kultuurilooline_kollektsioon, lk 87
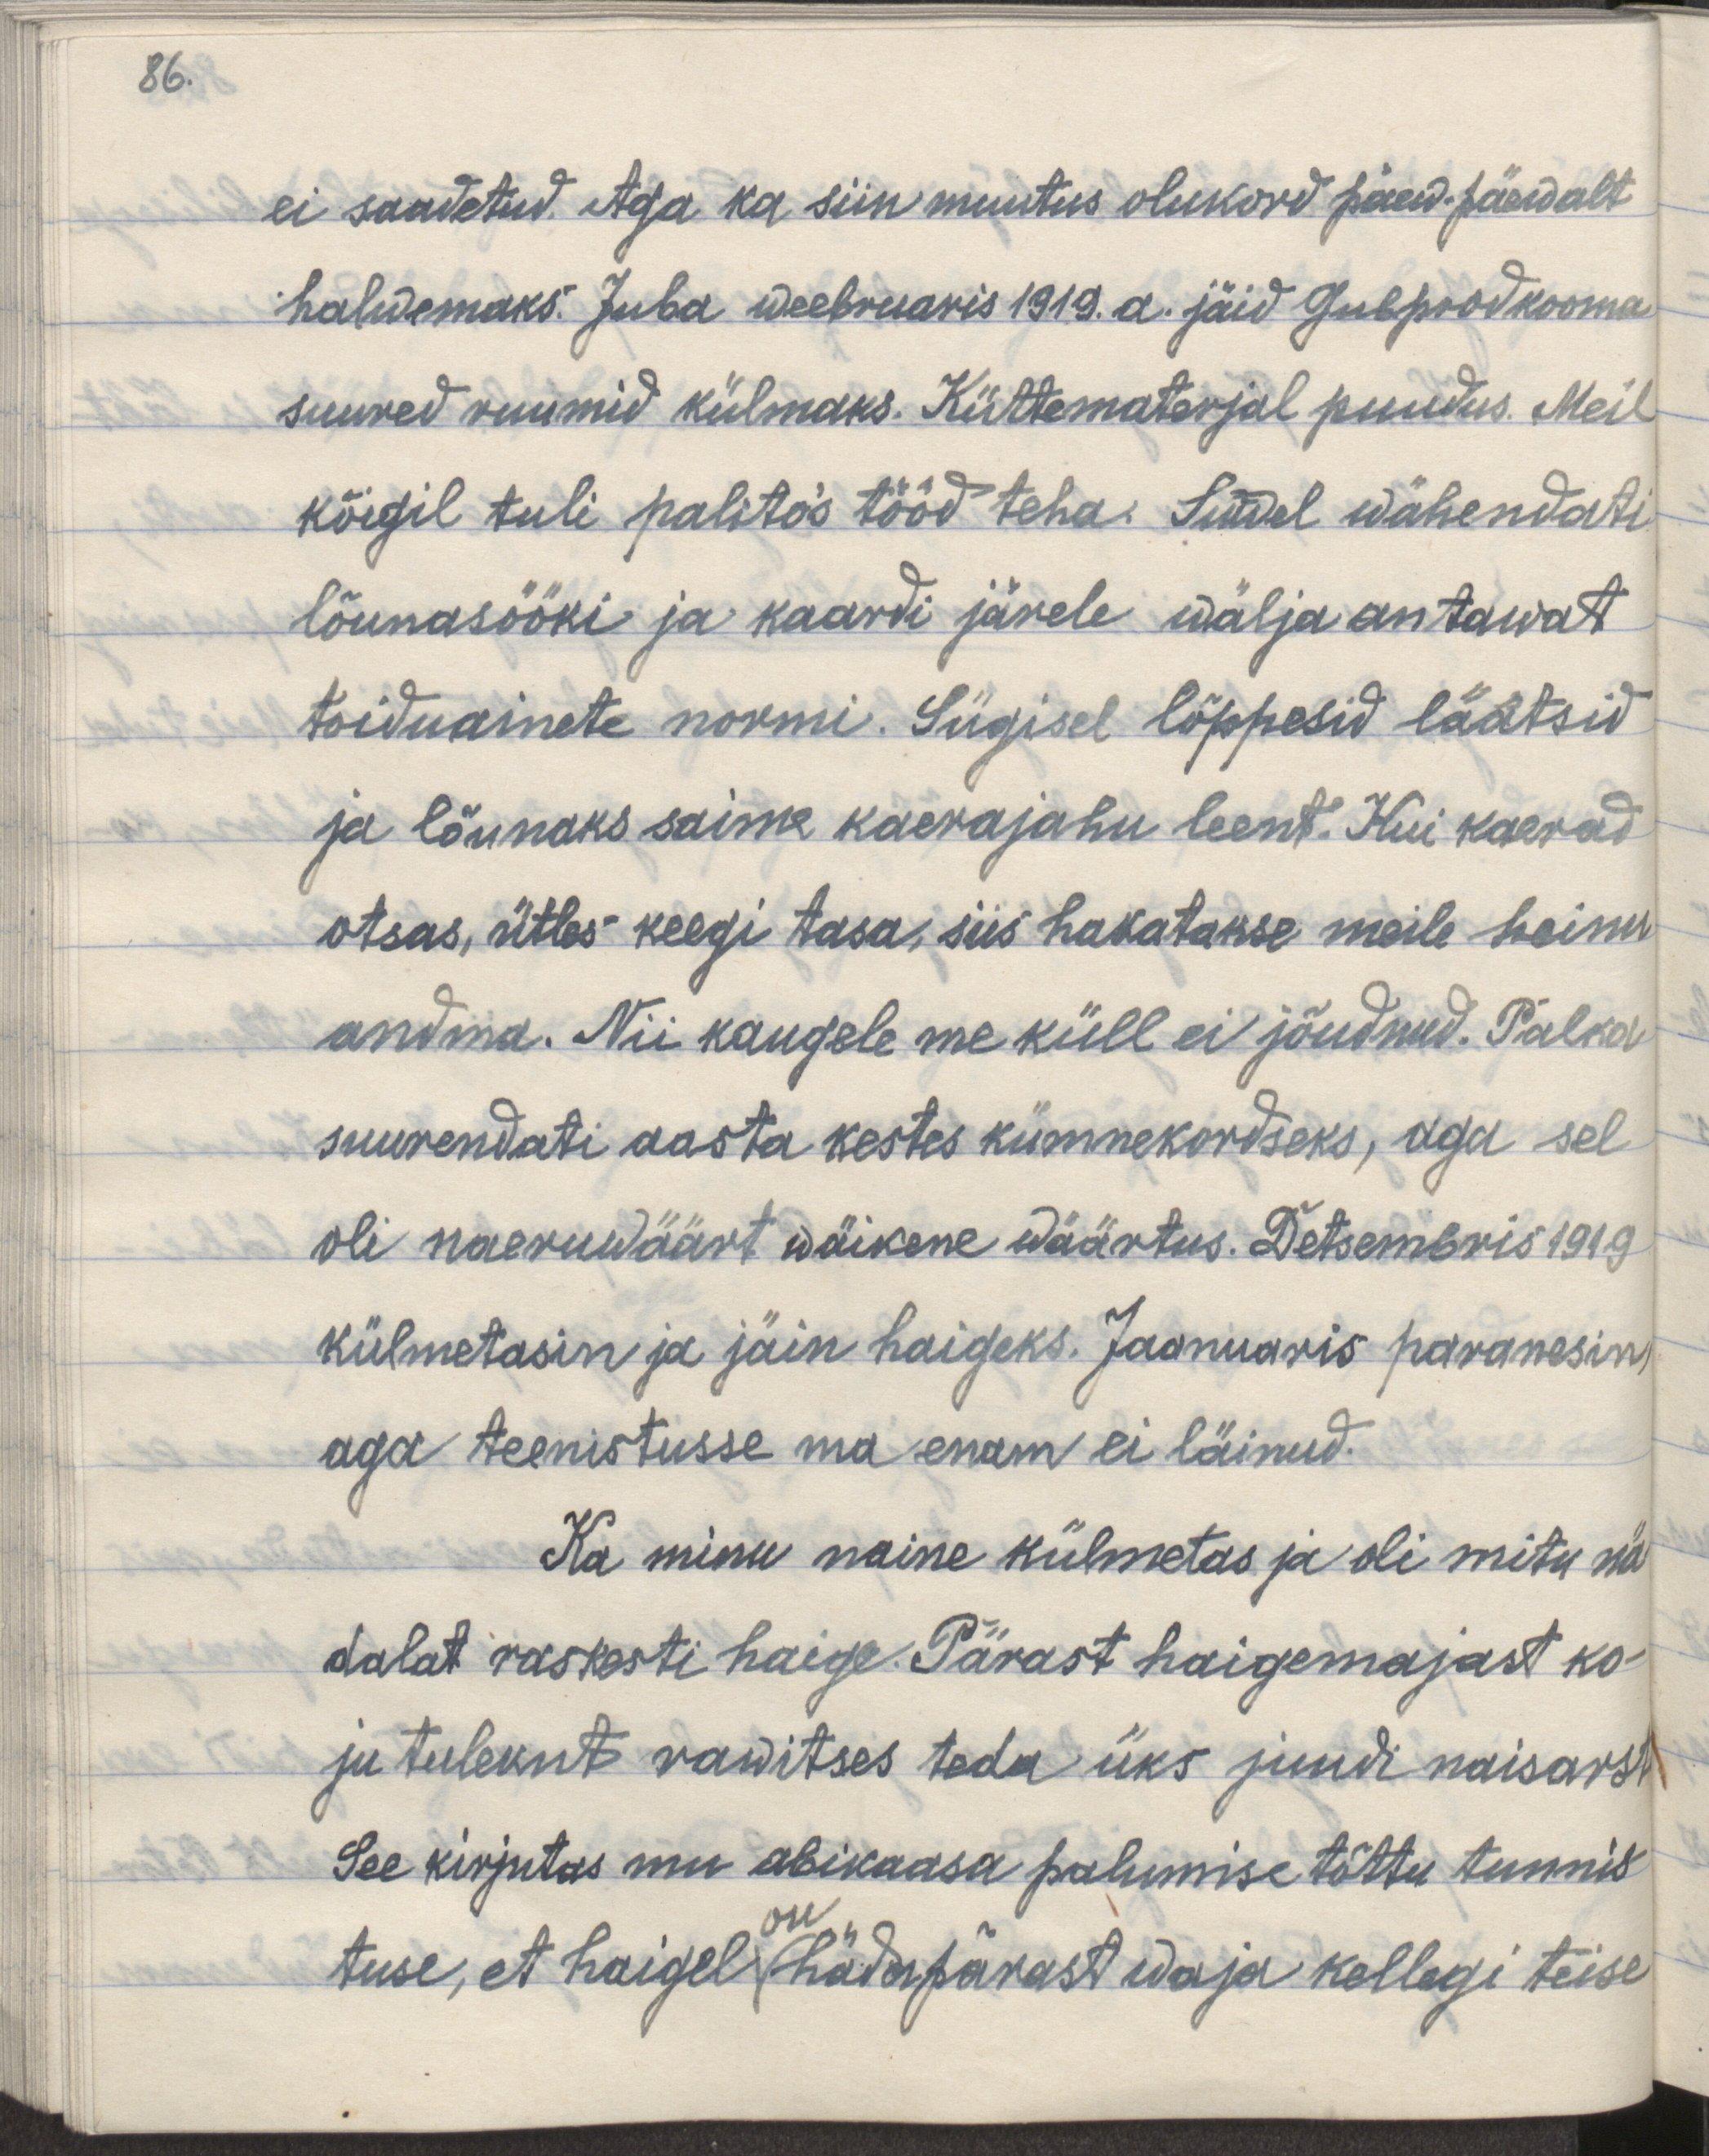
86.

ei saadetud. Aga ka siin muutus olukordpäev päewalt
halwemaks. Juba weebruaris 1919. a. jäid Gubprodkooma
suured ruumid külmaks. Küttematerjal puudus. Meil
kõigil tuli paliteis tööd teha.  Suwel wähendati
lõunasööki ja kaardi järele wälja antawast
toiduainete normi. Sügisel lõppesid läätsid
ja lõunaks saime kaerajahu leent. Kui kaerad
otsas, ütles keegi tasa, siis hakatakse meile heinu
andma. Nii kaugele me küll ei jõudnud. Palka
suurendati aasta kestes kümmekordseks, aga sel
oli naeruwäärt wäike wäärtus. Detsembris 1919
külmetasin ja jäin haigeks. Jaanuaris paranesin,
aga teenistusse ma enam ei läinud.
Ka minu naine külmetas ja oli mitu nä-
dalat raskesti haige. Pärast haigemajast ko-
ju tulekud rawitses teda üks juudi naisarst.
See kirjutas mu abikaasa palumise tõttu tunnis-
tuse, et haigel on hädapärast waja kellegi teise